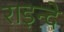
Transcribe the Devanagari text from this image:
राइन्दे